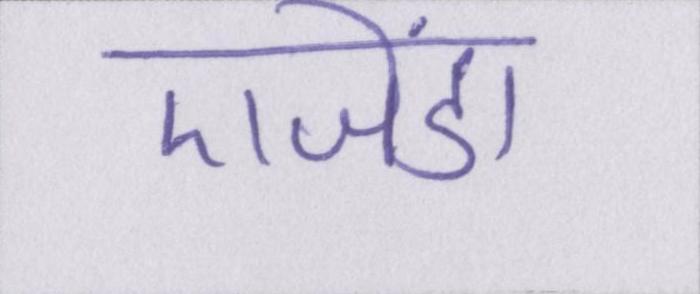
एजेंडा